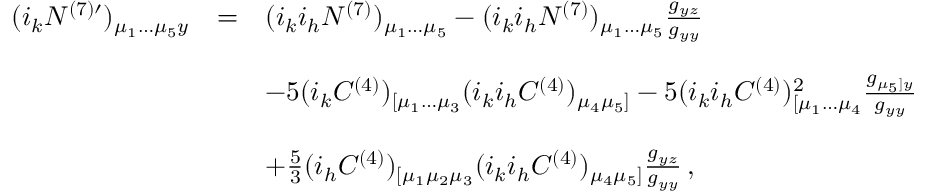
\begin{array} { r c l } { { ( i _ { k } N ^ { ( 7 ) \prime } ) _ { \mu _ { 1 } \dots \mu _ { 5 } y } } } & { { = } } & { { ( i _ { k } i _ { h } N ^ { ( 7 ) } ) _ { \mu _ { 1 } \dots \mu _ { 5 } } - ( i _ { k } i _ { h } { \cal N } ^ { ( 7 ) } ) _ { \mu _ { 1 } \dots \mu _ { 5 } } \frac { g _ { y z } } { g _ { y y } } } } \\ { { } } & { { } } & { { } } \\ { { } } & { { } } & { { - 5 ( i _ { k } C ^ { ( 4 ) } ) _ { [ \mu _ { 1 } \dots \mu _ { 3 } } ( i _ { k } i _ { h } C ^ { ( 4 ) } ) _ { \mu _ { 4 } \mu _ { 5 } ] } - 5 ( i _ { k } i _ { h } C ^ { ( 4 ) } ) _ { [ \mu _ { 1 } \dots \mu _ { 4 } } ^ { 2 } \frac { g _ { \mu _ { 5 } ] y } } { g _ { y y } } } } \\ { { } } & { { } } & { { } } \\ { { } } & { { } } & { { + \frac 5 3 ( i _ { h } C ^ { ( 4 ) } ) _ { [ \mu _ { 1 } \mu _ { 2 } \mu _ { 3 } } ( i _ { k } i _ { h } C ^ { ( 4 ) } ) _ { \mu _ { 4 } \mu _ { 5 } ] } \frac { g _ { y z } } { g _ { y y } } \, , } } \end{array}